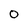
Character: 0